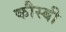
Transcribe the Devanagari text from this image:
कौस्बी